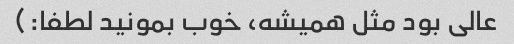
عالی بود مثل همیشه، خوب بمونید لطفا:)